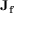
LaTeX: \mathbf { J _ { f } }